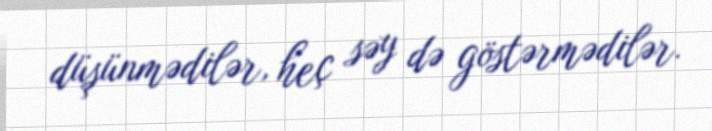
düşünmədilər, heç səy də göstərmədilər.